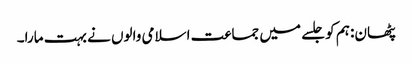
پٹھان: ہم کو جلسے میں جماعت اسلامی والوں نے بہت مارا۔